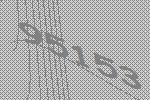
95153